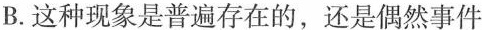
B.这种现象是普遍存在的，还是偶然事件